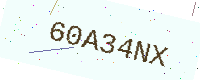
Text: 60A34NX